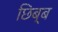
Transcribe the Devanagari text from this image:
छिब्ब